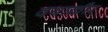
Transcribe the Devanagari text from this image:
दयाकौर